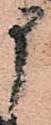
申